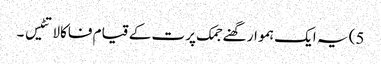
5) یہ ایک ہموار گھنے جمک پرت کے قیام فاکالاتٹیس ۔